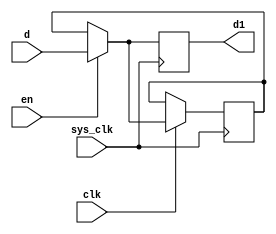
module stlatch
(
	output	d1,
	input		d,
	input		clk,
	input		en,
	input		sys_clk
);

reg	data = 1'b0;

//assign d1 = (en) ? d : data;
reg r_d1 = 1'b0;
assign d1 = r_d1;

always @(posedge sys_clk)
begin
	if (en) begin
		r_d1 <= d;
	end else begin
		r_d1 <= data;
	end

	if (clk) begin
		if (en) begin
			data <= d;
		end
	end
end

endmodule